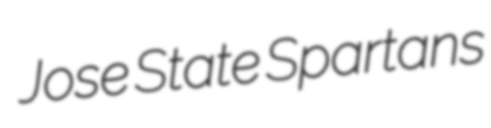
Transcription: Jose State Spartans